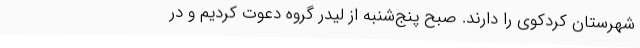
شهرستان کردکوی را دارند. صبح پنج‌شنبه از لیدر گروه دعوت کردیم و در